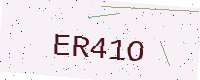
Text: ER41O